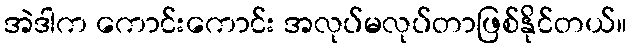
အဲဒါက ကောင်းကောင်း အလုပ်မလုပ်တာဖြစ်နိုင်တယ်။